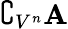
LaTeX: \complement_{V^{n}}\mathbf{A}